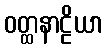
ဝတ္ထနာဠိယာ